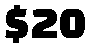
$20